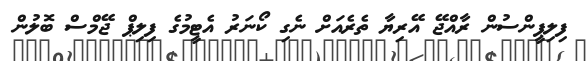
ފިލިޕީންސުން ރާއްޖޭ އޭރިޔާ ތެރެއަށް ނެގި ކޯނަރު އެޓީމުގެ ފިލިޕް ޖޭމްސް ބޮލުން